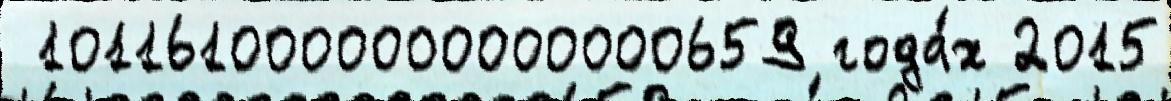
 1011610000000000000659 года́х 2015